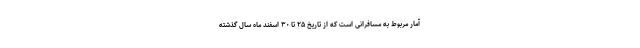
آمار مربوط به مسافرانی است که از تاریخ ۲۵ تا ۳۰ اسفند ماه سال گذشته